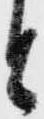
と